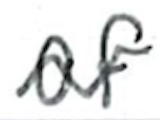
Text: of
Cross-out: mix
Writing tool: ballpoint